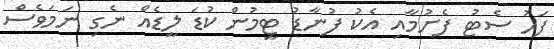
ފަހު ސެޓު ފެށުމާއި އެކު ފުނާޑު ޓީމުން ކުޑަ ލީޑެއް ނެގި ނަމަވެސް